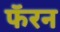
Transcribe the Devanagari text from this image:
फॅरन